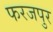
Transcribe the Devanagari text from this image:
फरजपुर